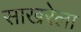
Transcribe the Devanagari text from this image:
साखरेला